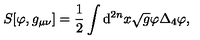
S [ \varphi , g _ { \mu \nu } ] = \frac { 1 } { 2 } \int \mathrm { d } ^ { 2 n } x \sqrt { g } \varphi \Delta _ { 4 } \varphi ,